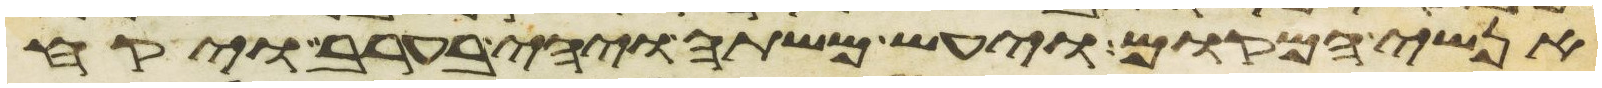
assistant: אנשי המקום ויעש משתה ויהי בערב ויקח